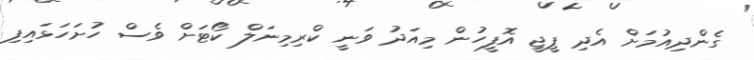
ގެންދިއުމަށް އެދި ޕީޖީ އޮފީހުން މިއަދު ވަނީ ކްރިމިނަލް ކޯޓަށް ވެސް ހުށަހަޅައިފި